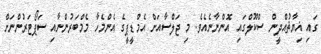
ގައި ޣިޔާޘުއްދީން ސްކޫލްގައި އޮންނާނެއެވެ. މި ޖަލްސާއަށް އެމްޑީޕީގެ އެންމެހާ މެމްބަރުންނާއި ސަޕޯޓަރުންނަށް